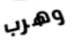
وهرب